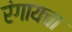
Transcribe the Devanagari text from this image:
रंगायचा